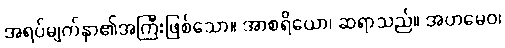
အရပ်မျက်နှာ၏အကြီးဖြစ်သော။ အာစရိယော၊ ဆရာသည်။ အဟမေဝ၊